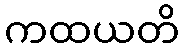
ကထယတိ